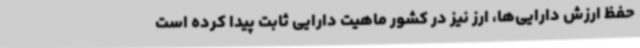
حفظ ارزش دارایی‌ها، ارز نیز در کشور ماهیت دارایی ثابت پیدا کرده است